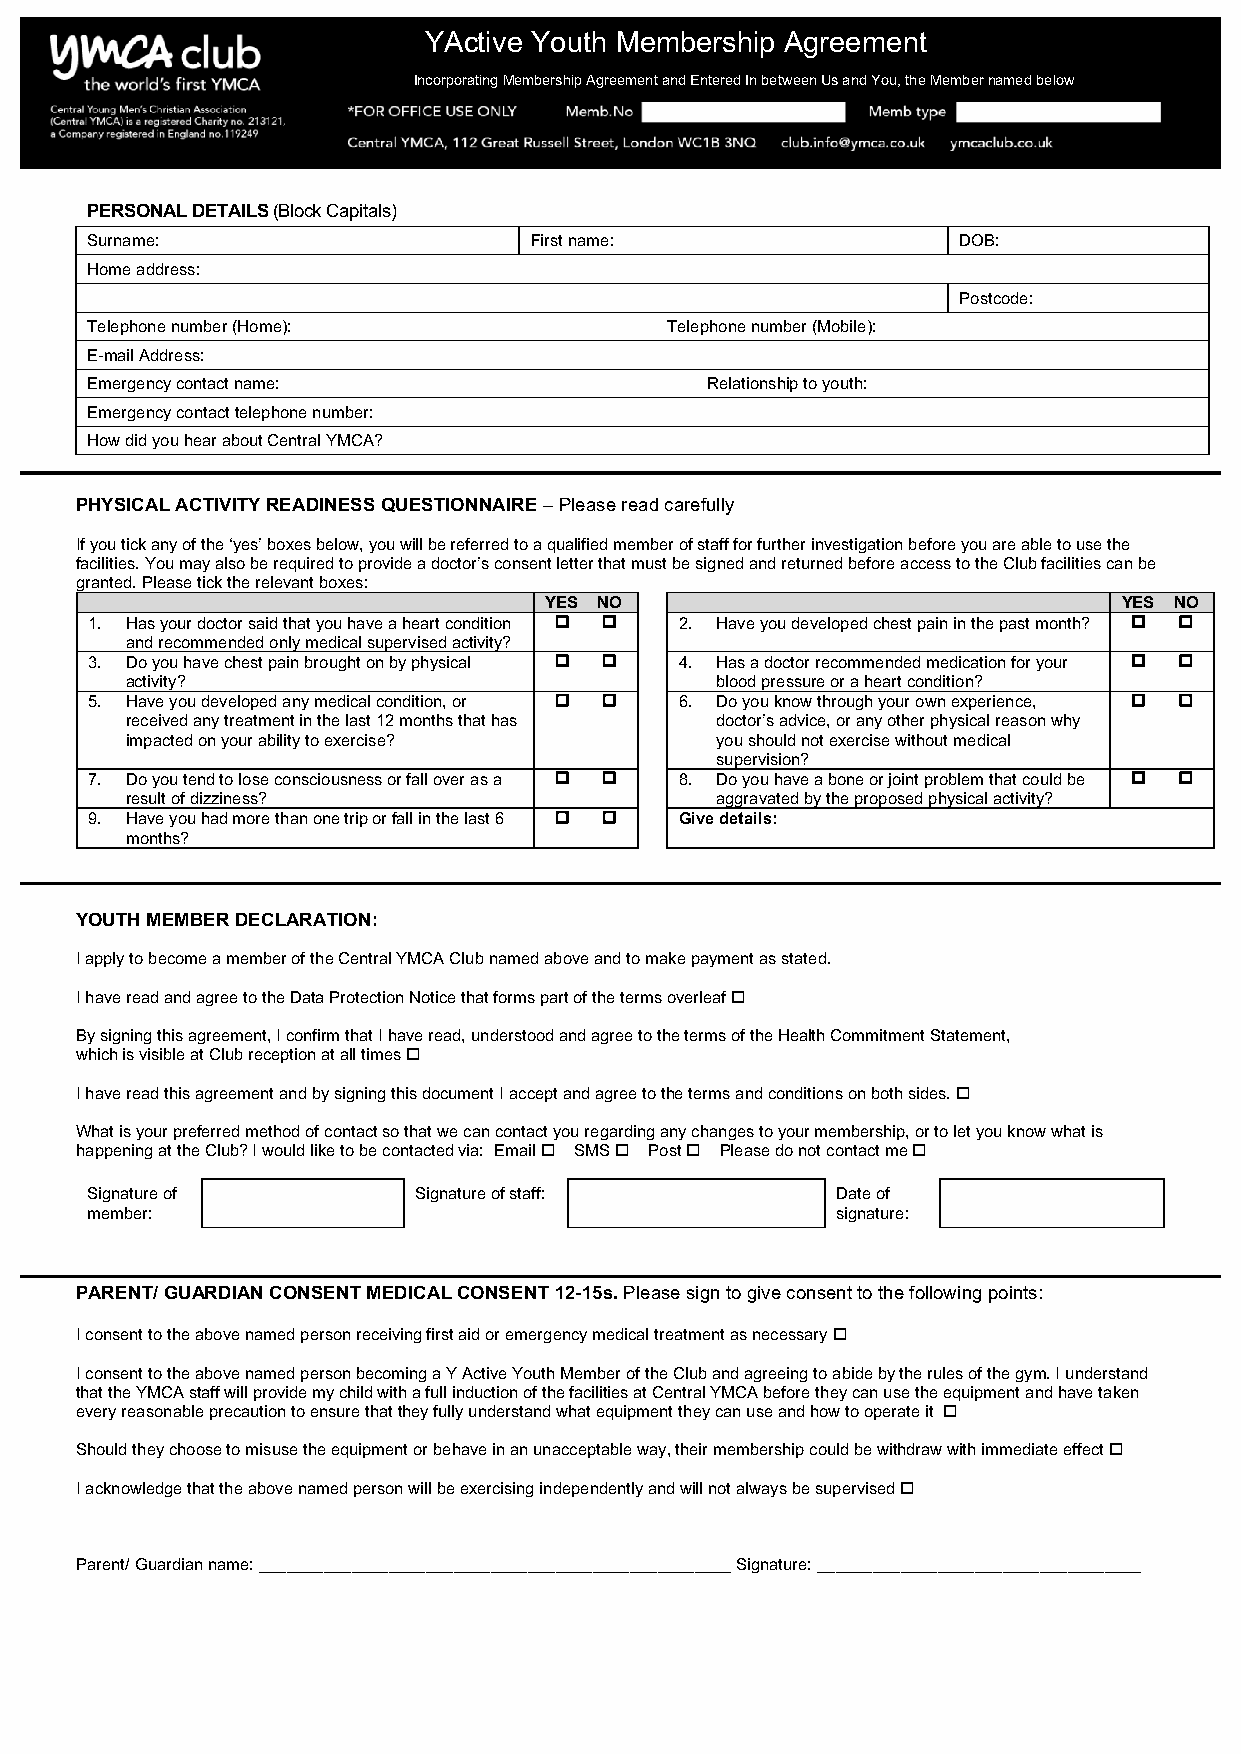
YActive Youth Membership Agreement
 Incorporating Membership Agreement and Entered In between Us and You, the Member named below
 PERSONAL DETAILS (Block Capitals)
 Surname:                     First name:                 DOB:
 Home address:
 Postcode:
 Telephone number (Home):              Telephone number (Mobile):
 E-mail Address:
 Emergency contact name:                  Relationship to youth:
 Emergency contact telephone number:
 How did you hear about Central YMCA?
 PHYSICAL ACTIVITY READINESS QUESTIONNAIRE – Please read carefully
 If you tick any of the ‘yes’ boxes below, you will be referred to a qualified member of staff for further investigation before you are able to use the
 facilities. You may also be required to provide a doctor’s consent letter that must be signed and returned before access to the Club facilities can be
 granted. Please tick the relevant boxes:
 YES NO                                YES NO
 1. Has your doctor said that you have a heart condition o o 2. Have you developed chest pain in the past month? o o
 and recommended only medical supervised activity?
 3. Do you have chest pain brought on by physical o o 4. Has a doctor recommended medication for your o o
 activity?                              blood pressure or a heart condition?
 5. Have you developed any medical condition, or o o 6. Do you know through your own experience, o o
 received any treatment in the last 12 months that has doctor’s advice, or any other physical reason why
 impacted on your ability to exercise?  you should not exercise without medical
 supervision?
 7. Do you tend to lose consciousness or fall over as a o o 8. Do you have a bone or joint problem that could be o o
 result of dizziness?                   aggravated by the proposed physical activity?
 9. Have you had more than one trip or fall in the last 6 o o Give details:
 months?
 YOUTH MEMBER DECLARATION:
 I apply to become a member of the Central YMCA Club named above and to make payment as stated.
 I have read and agree to the Data Protection Notice that forms part of the terms overleaf o
 By signing this agreement, I confirm that I have read, understood and agree to the terms of the Health Commitment Statement,
 which is visible at Club reception at all times o
 I have read this agreement and by signing this document I accept and agree to the terms and conditions on both sides. o
 What is your preferred method of contact so that we can contact you regarding any changes to your membership, or to let you know what is
 happening at the Club? I would like to be contacted via: Email o SMS o Post o Please do not contact me o
 Signature of         Signature of staff:         Date of
 member:                                          signature:
 PARENT/ GUARDIAN CONSENT MEDICAL CONSENT 12-15s. Please sign to give consent to the following points:
 I consent to the above named person receiving first aid or emergency medical treatment as necessary o
 I consent to the above named person becoming a Y Active Youth Member of the Club and agreeing to abide by the rules of the gym. I understand
 that the YMCA staff will provide my child with a full induction of the facilities at Central YMCA before they can use the equipment and have taken
 every reasonable precaution to ensure that they fully understand what equipment they can use and how to operate it o
 Should they choose to misuse the equipment or behave in an unacceptable way, their membership could be withdraw with immediate effect o
 I acknowledge that the above named person will be exercising independently and will not always be supervised o
 Parent/ Guardian name: ___________________________________________________ Signature: ___________________________________